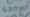
Text: 470µF